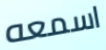
اسمعه